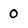
Character: 0